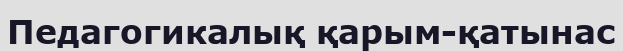
Педагогикалық қарым-қатынас